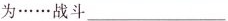
为……战斗___和……打架_6.抱歉的；难过的；惋惜的adj。_7.在外面adv，外面的adj。_8.穿；戴v。_\rightarrow(过去式)_\rightarrow(过去分词)_9.重要的adj。_\rightarrow(反义词)不重要的_\rightarrow重要性；重要(n。)_10.带来；取来v。_\rightarrow(过去式/过去分词)_使显现；使表现出_教育；培养；提出_